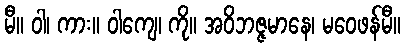
မီ။ ဝါ၊ ကား။ ဝါကျေ၊ ကို။ အဝိဘဇ္ဇမာနေ၊ မဝေဖန်မီ။